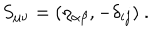
LaTeX: S _ { \mu \nu } = ( \eta _ { \alpha \beta } , - \delta _ { i j } ) ~ .